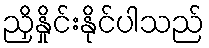
ညှိနှိုင်းနိုင်ပါသည်